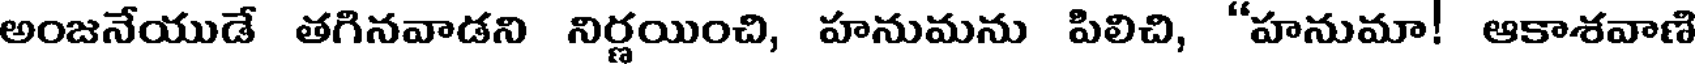
అంజనేయుడే తగినవాడని నిర్ణయించి, హనుమను పిలిచి, "హనుమా! ఆకాశవాణి